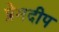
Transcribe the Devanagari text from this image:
प्रेमदीप